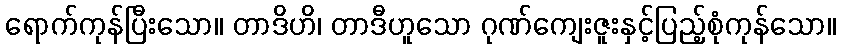
ရောက်ကုန်ပြီးသော။ တာဒိဟိ၊ တာဒီဟူသော ဂုဏ်ကျေးဇူးနှင့်ပြည့်စုံကုန်သော။